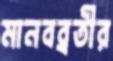
মানবব্রতীর